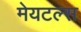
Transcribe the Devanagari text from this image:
मेयटल्स